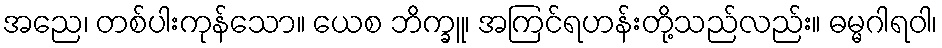
အညေ၊ တစ်ပါးကုန်သော။ ယေစ ဘိက္ခူ၊ အကြင်ရဟန်းတို့သည်လည်း။ ဓမ္မဂါရဝါ၊